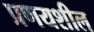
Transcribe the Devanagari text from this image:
प्रणयशील